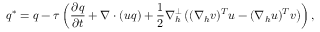
q ^ { * } = q - \tau \left( \frac { \partial q } { \partial t } + \nabla \cdot ( u q ) + \frac { 1 } { 2 } \nabla _ { h } ^ { \perp } \left( ( \nabla _ { h } v ) ^ { T } u - ( \nabla _ { h } u ) ^ { T } v \right) \right) ,